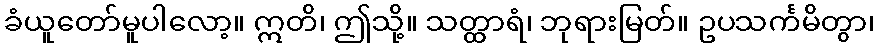
ခံယူတော်မူပါလော့။ ဣတိ၊ ဤသို့။ သတ္ထာရံ၊ ဘုရားမြတ်။ ဥပသင်္ကမိတွာ၊